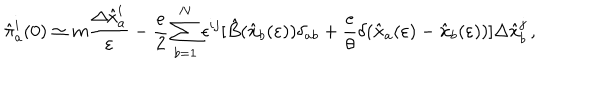
{ \hat { \pi } } _ { a } ^ { i } ( 0 ) \simeq m { \frac { \Delta { \hat { x } } _ { a } ^ { i } } { \varepsilon } } - { \frac { e } { 2 } } \sum _ { b = 1 } ^ { N } \epsilon ^ { i j } [ { \hat { B } } ( { \hat { \bf x } } _ { b } ( \varepsilon ) ) \delta _ { a b } + { \frac { e } { \theta } } \delta ( { \hat { \bf x } } _ { a } ( \varepsilon ) - { \hat { \bf x } } _ { b } ( \varepsilon ) ) ] \Delta { \hat { x } } _ { b } ^ { j } \, ,